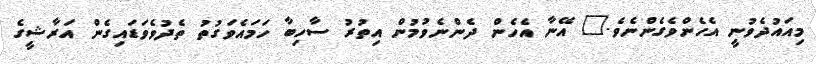
މިއައުދެވުނީ އެހެންވެގެންނެވެ." އޭނާ އެހެން ދެންނެވުމުން އިތުރު ސާހިބާ ހަމައެވަގުތު ތެދުވެވަޑައިގެން އަރާޝީގެ